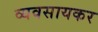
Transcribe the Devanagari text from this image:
व्यवसायकर